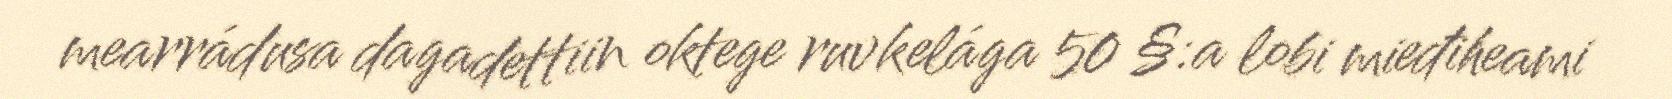
mearrádusa dagadettiin oktege ruvkelága 50 §:a lobi mieđiheami